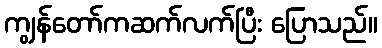
ကျွန်တော်ကဆက်လက်ပြီး ပြောသည်။